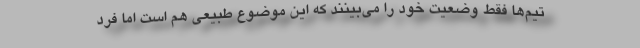
تیم‌ها فقط وضعیت خود را می‌بینند که این موضوع طبیعی هم است اما فرد